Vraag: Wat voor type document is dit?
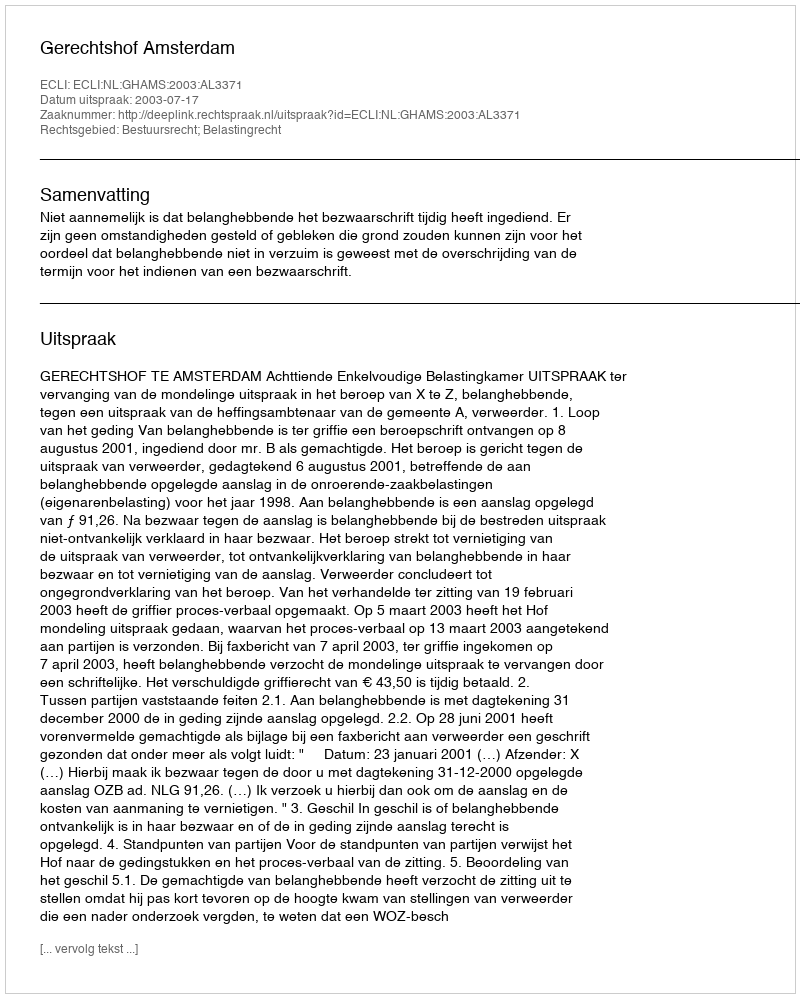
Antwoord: Uitspraak